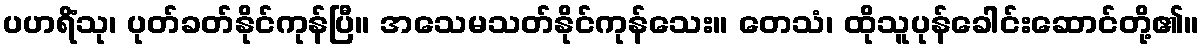
ပဟရိံသု၊ ပုတ်ခတ်နိုင်ကုန်ပြီ။ အသေမသတ်နိုင်ကုန်သေး။ တေသံ၊ ထိုသူပုန်ခေါင်းဆောင်တို့၏။